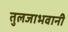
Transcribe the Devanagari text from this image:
तुलजाभवानी